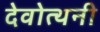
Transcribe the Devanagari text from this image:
देवोत्थनी